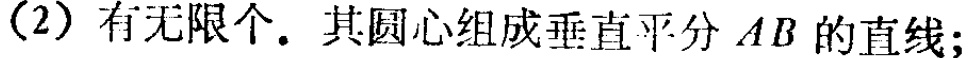
（2）有无限个. 其圆心组成垂直平分 \(AB\) 的直线;